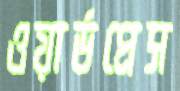
ওয়ার্ডপ্রেস